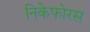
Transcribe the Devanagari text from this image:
निकेफोरस